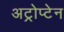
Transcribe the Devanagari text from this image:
अट्रोप्टेन